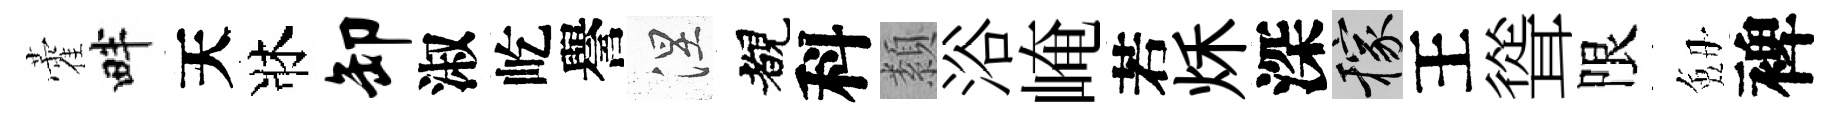
藿畔天牀卸淑屹譽涅覩科纇浴崦若秌深稼王聳限劔裨